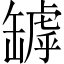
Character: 罅